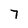
Character: 7